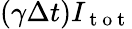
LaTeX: (\gamma\Delta t)I_{\mathrm{~t~o~t~}}